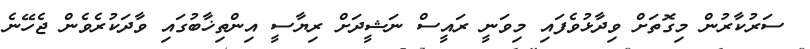
ސަރުކާރުން މިގޮތަށް ވިދާޅުވެފައި މިވަނީ ރައީސް ނަޝީދަށް ރިޔާސީ އިންތިޚާބުގައި ވާދަކުރެވެން ޖެހޭނެ